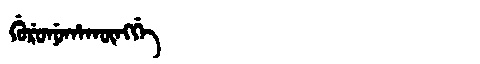
Manchu: ᡤᡠᡵᡠᠨᡠᡥᠠᡴᡡᠩᡤᡝ
Romanization: GURUNUHAKŪNGGE